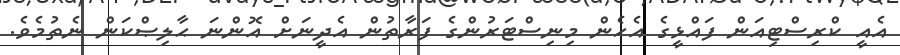
އެއީ ކްރިސްޓިއަން ފައްޅީގެ އެހެން މިނިސްޓަރުންގެ ފަރާތުން އެދީނަށް އޮންނަ ޙާލިޞްކަން ނެތުމެވެ.